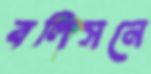
বলিসনে